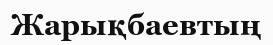
Жарықбаевтың